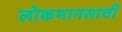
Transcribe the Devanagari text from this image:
लोकमानसाची